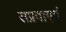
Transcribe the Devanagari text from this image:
सप्रवाएप्रं